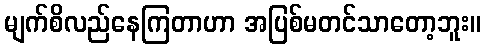
မျက်စိလည်နေကြတာဟာ အပြစ်မတင်သာတော့ဘူး။